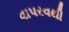
વાપરવથી